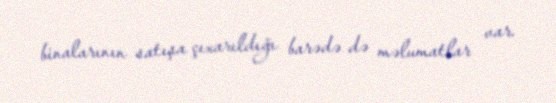
binalarının satışa çıxarıldığı barədə də məlumatlar var.